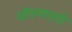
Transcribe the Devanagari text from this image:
धोरणाशी